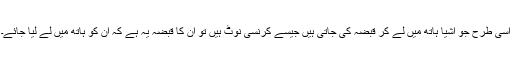
اسی طرح جو اشیا ہاتھ میں لے کر قبضہ کی جاتی ہیں جیسے کرنسی نوٹ ہیں تو ان کا قبضہ یہ ہے کہ ان کو ہاتھ میں لے لیا جائے۔